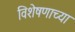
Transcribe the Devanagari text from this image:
विशेषणाच्या